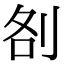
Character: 㓢